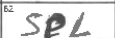
Transcription: SPL